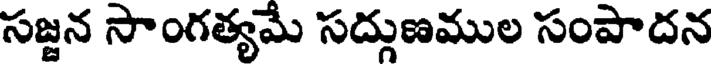
సజ్జన సాంగత్యమే సద్గుణముల సంపాదన